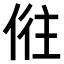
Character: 𠉫